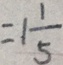
= 1 \frac { 1 } { 5 }